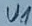
Text: U1